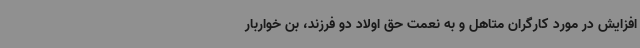
افزایش در مورد کارگران متاهل و به نعمت حق اولاد دو فرزند، بن خواربار